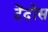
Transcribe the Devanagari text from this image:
टेंदोंस